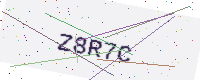
Text: Z8R7C